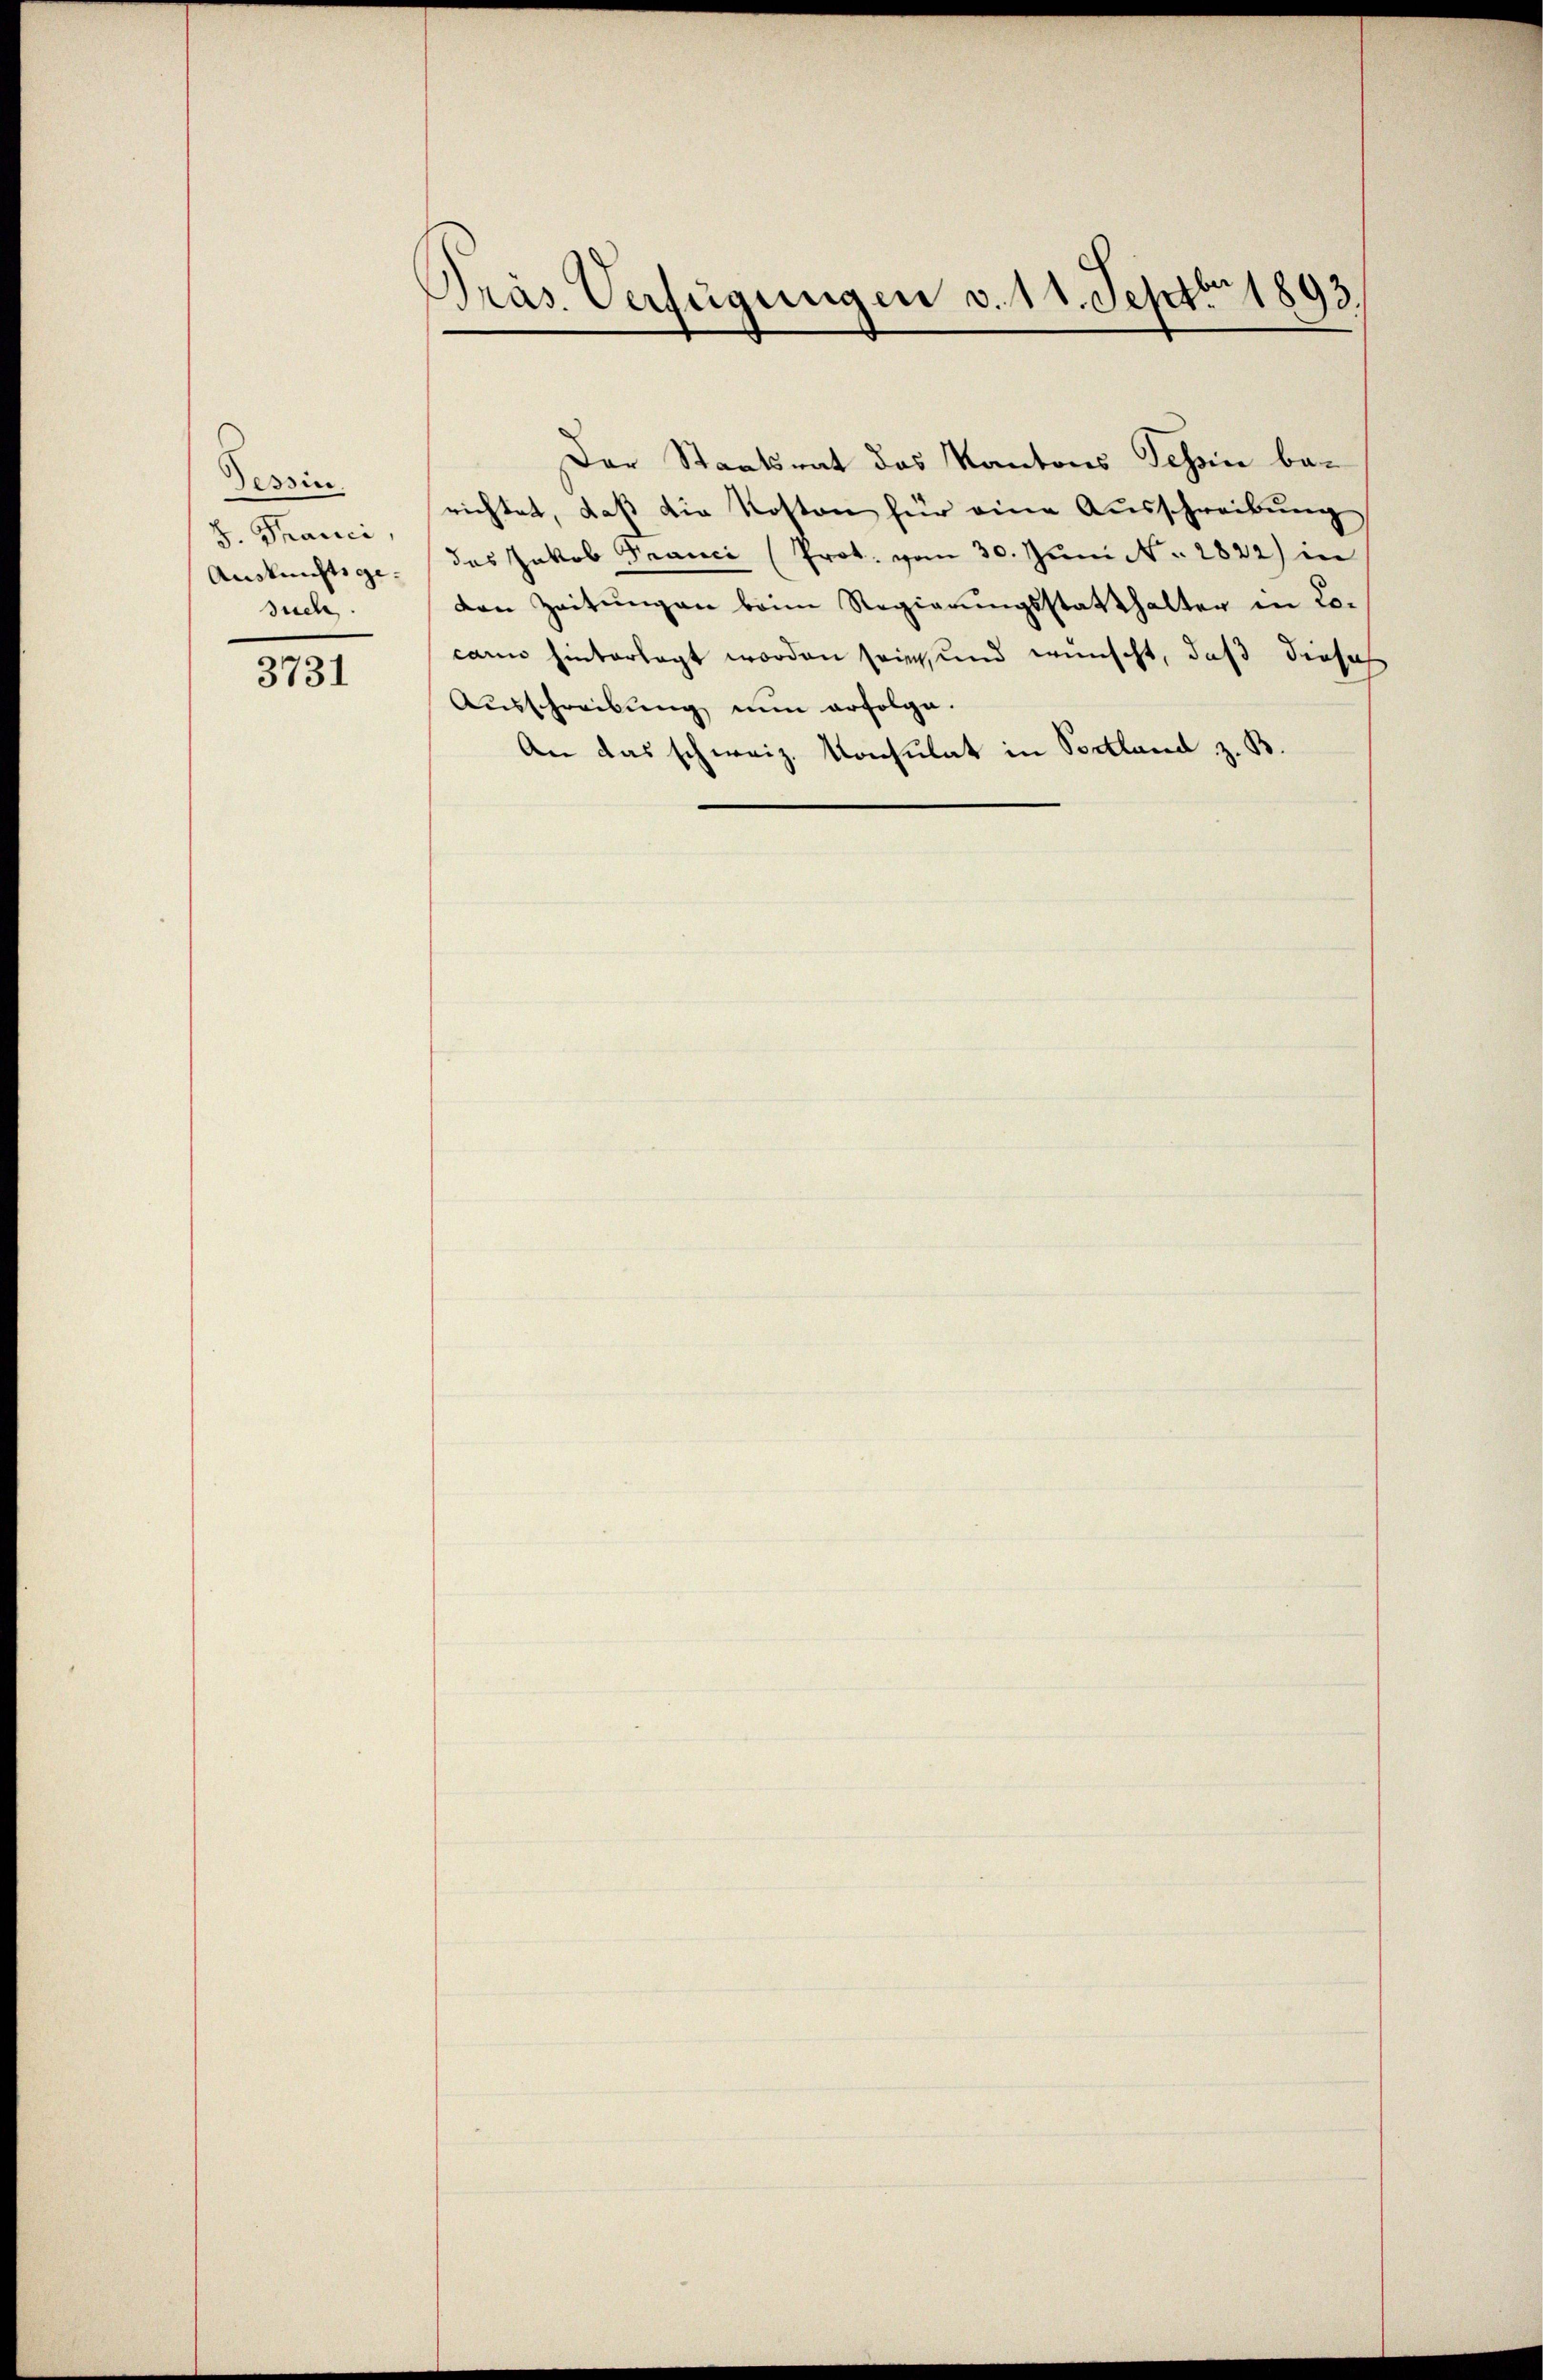
Tessin.
8. Franci,
Auskunftsgesuch

3731

Dräs. Verfügungen v. 11. Septbr 1893.

Der Staatsrat das Kantons Tessin berichtet, daß die Kosten für eine Ausschreibung
das Jakob Franci (Prot. vom 30. Juni N. 2822) in
den Zeitungen beim Regierungsstatthalter in Locano hinterlegt worden sein, und wünscht, daß diese
Ausschreibung nun erfolge.
An das schweiz. Konsulat in Portland z. B.